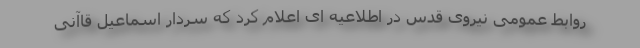
روابط عمومی نیروی قدس در اطلاعیه ای اعلام کرد که سردار اسماعیل قاآنی